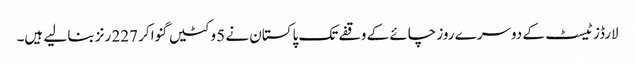
لارڈز ٹیسٹ کے دوسرے روز چائے کے وقفے تک پاکستان نے 5 وکٹیں گنوا کر 227 رنز بنا لیے ہیں۔